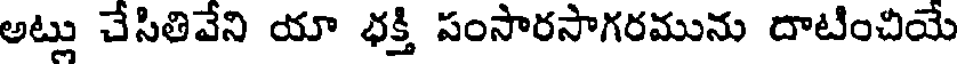
అట్లు చేసితివేని యా భక్తి పంసారసాగరమును దాటించియే